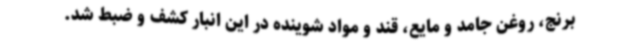
برنج، روغن جامد و مایع، قند و مواد شوینده در این انبار کشف و ضبط شد.